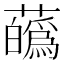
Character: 蘤